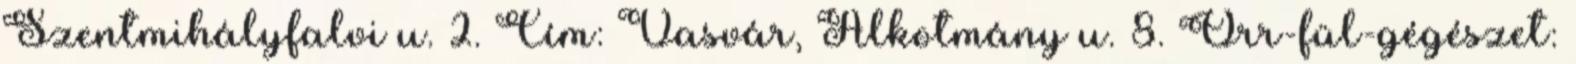
Szentmihályfalvi u. 2. Cím: Vasvár, Alkotmány u. 8. Orr-fül-gégészet: